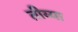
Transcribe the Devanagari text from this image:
तीय्या